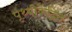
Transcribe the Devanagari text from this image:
पृथ्वीकेंद्रित